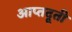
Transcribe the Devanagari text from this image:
आप्तदूती